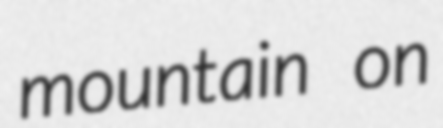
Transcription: mountain on